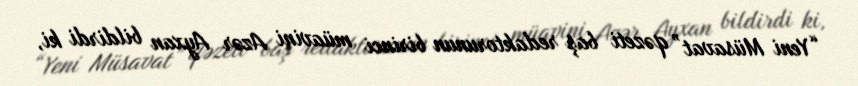
“Yeni Müsavat” qəzeti baş redaktorunun birinci müavini Azər Ayxan bildirdi ki,